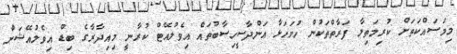
މިމަސައްކަތަށް ކުރިމަތިލާ ފަރާތްތަކުން ހުށަހަޅާ އަންދާސީހިސާބުތައް އިވެލުއޭޓް ކުރާނީ މިއިދާރާގެ ބިޑް އިވެލުއޭޝަން